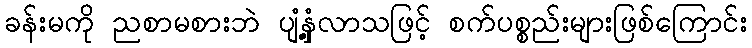
ခန်းမကို ညစာမစားဘဲ ပျံ့နှံ့လာသဖြင့် စက်ပစ္စည်းများဖြစ်ကြောင်း